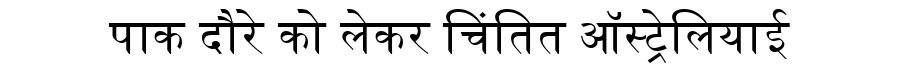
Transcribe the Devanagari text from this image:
पाक दौरे को लेकर चिंतित ऑस्ट्रेलियाई